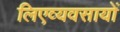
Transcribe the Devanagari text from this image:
लिएव्यवसायों